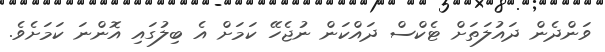
ވަންދެން ދައުލަތަށް ޓެކްސް ދައްކަން ނުޖެހޭ ކަމަށް އެ ބިލުގައި އޮންނަ ކަމަށެވެ.